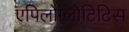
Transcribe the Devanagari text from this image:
एपिलोग्लोटिटिस